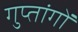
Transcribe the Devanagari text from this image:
गुप्‍तांगों